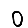
Digit: 0